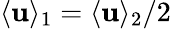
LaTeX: \langle\mathbf{u}\rangle_{1}=\langle\mathbf{u}\rangle_{2}/2